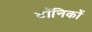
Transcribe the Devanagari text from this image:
टॉनिकों